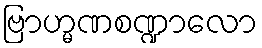
ဗြာဟ္မဏစဏ္ဍာလော